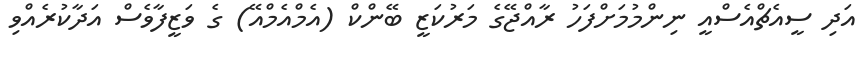
އަދި ސީއެޗްއެސްއީ ނިންމުމަށްފަހު ރާއްޖޭގެ މަރުކަޒީ ބޭންކް (އެމްއެމްއޭ) ގެ ވަޒީފާވެސް އަދާކުރެއްވި